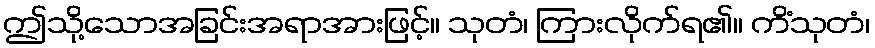
ဤသို့သောအခြင်းအရာအားဖြင့်။ သုတံ၊ ကြားလိုက်ရ၏။ ကိံသုတံ၊